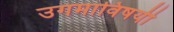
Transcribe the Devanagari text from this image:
उगमाविषयी